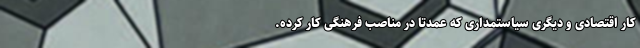
کار اقتصادی و دیگری سیاستمداری که عمدتا در مناصب فرهنگی کار کرده.